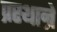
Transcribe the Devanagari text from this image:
प्रस्थान्रे